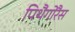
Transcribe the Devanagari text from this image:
पिथैगोरैस